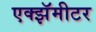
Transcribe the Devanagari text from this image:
एक्झॅमीटर